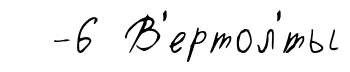
-6 В'ертол'́ты